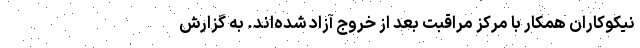
نیکوکاران همکار با مرکز مراقبت بعد از خروج آزاد شده‌اند. به گزارش